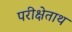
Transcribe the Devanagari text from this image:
परीक्षेताथ